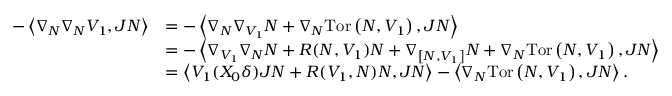
\begin{array} { r l } { - \left\langle \nabla _ { N } \nabla _ { N } V _ { 1 } , J N \right\rangle } & { = - \left\langle \nabla _ { N } \nabla _ { V _ { 1 } } N + \nabla _ { N } \mathrm { T o r } \left( N , V _ { 1 } \right) , J N \right\rangle } \\ & { = - \left\langle \nabla _ { V _ { 1 } } \nabla _ { N } N + R ( N , V _ { 1 } ) N + \nabla _ { \left[ N , V _ { 1 } \right] } N + \nabla _ { N } \mathrm { T o r } \left( N , V _ { 1 } \right) , J N \right\rangle } \\ & { = \left\langle V _ { 1 } ( X _ { 0 } \delta ) J N + R ( V _ { 1 } , N ) N , J N \right\rangle - \left\langle \nabla _ { N } \mathrm { T o r } \left( N , V _ { 1 } \right) , J N \right\rangle . } \end{array}